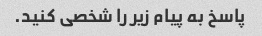
پاسخ به پیام زیر را شخصی کنید.